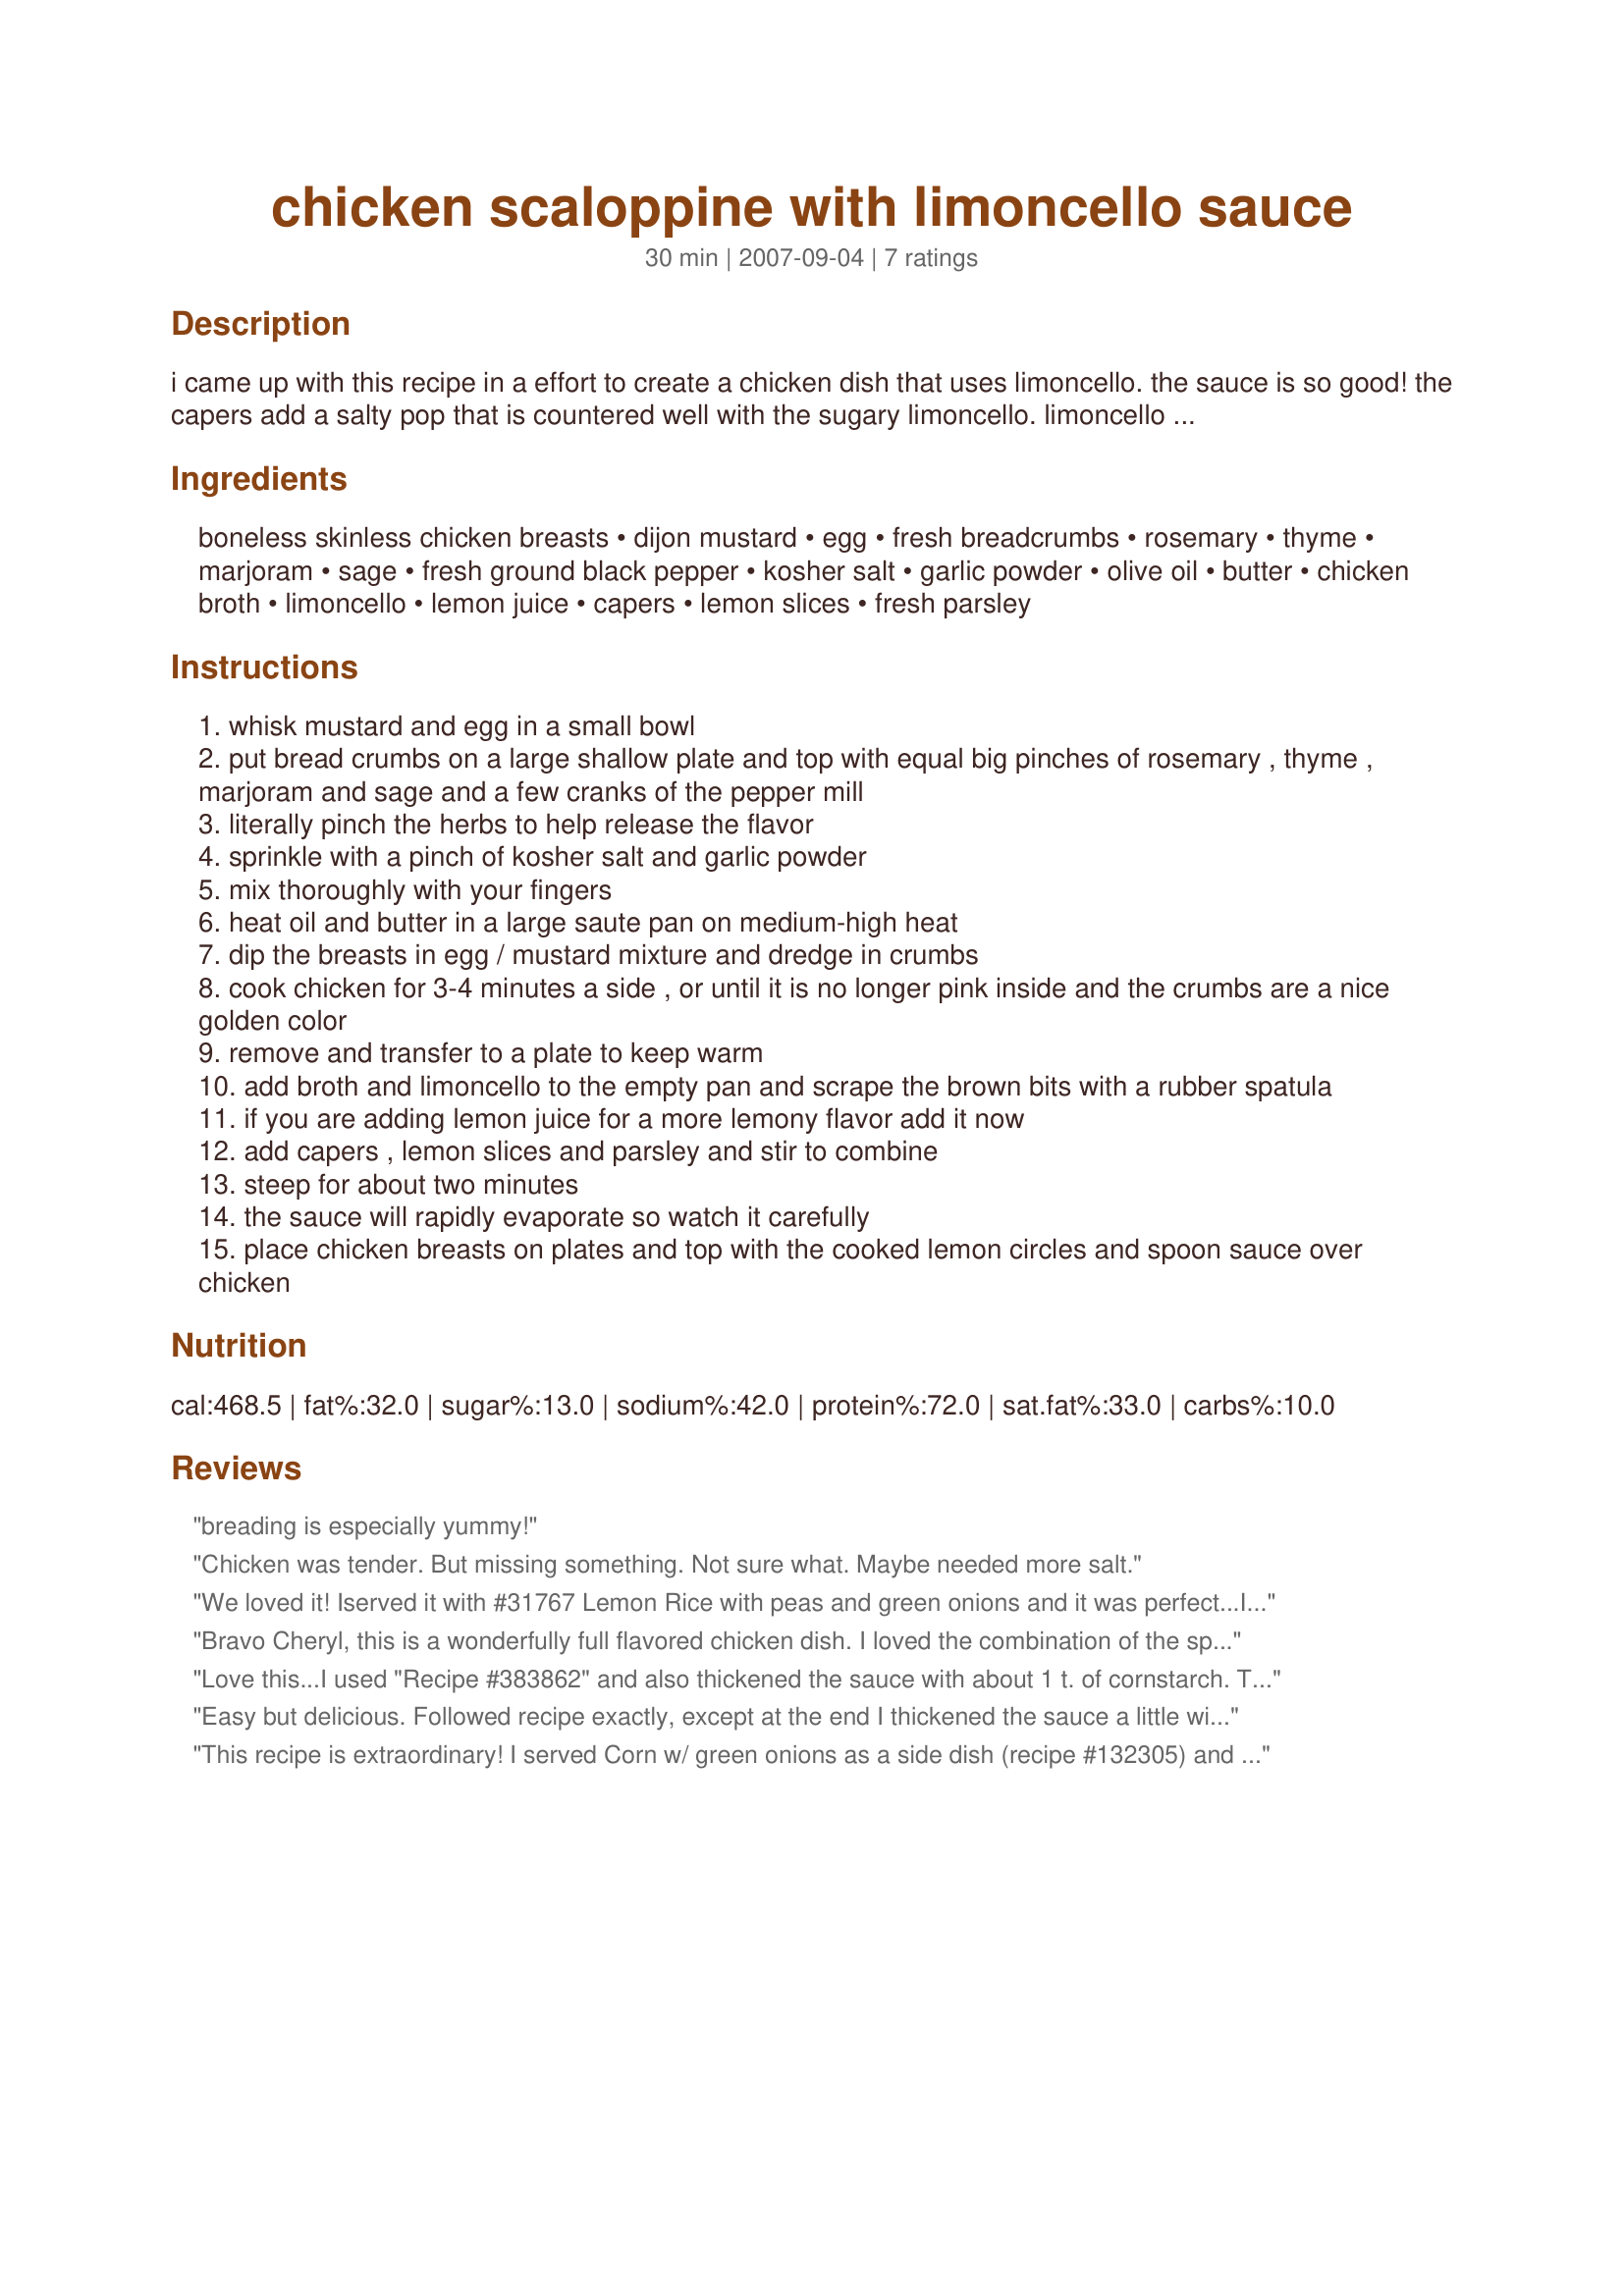
chicken scaloppine with limoncello sauce
Preparation time: 30 minutes

i came up with this recipe in a effort to create a chicken dish that uses limoncello. the sauce is so good! the capers add a salty pop that is countered well with the sugary limoncello. limoncello does not have the acidity of fresh lemons, if you love lemon flavor, add a tablespoon of lemon juice as well. bon appetite.

Ingredients:
boneless skinless chicken breasts, dijon mustard, egg, fresh breadcrumbs, rosemary, thyme, marjoram, sage, fresh ground black pepper, kosher salt, garlic powder, olive oil, butter, chicken broth, limoncello, lemon juice, capers, lemon slices, fresh parsley

Steps:
whisk mustard and egg in a small bowl
put bread crumbs on a large shallow plate and top with equal big pinches of rosemary , thyme , marjoram and sage and a few cranks of the pepper mill
literally pinch the herbs to help release the flavor
sprinkle with a pinch of kosher salt and garlic powder
mix thoroughly with your fingers
heat oil and butter in a large saute pan on medium-high heat
dip the breasts in egg / mustard mixture and dredge in crumbs
cook chicken for 3-4 minutes a side , or until it is no longer pink inside and the crumbs are a nice golden color
remove and transfer to a plate to keep warm
add broth and limoncello to the empty pan and scrape the brown bits with a rubber spatula
if you are adding lemon juice for a more lemony flavor add it now
add capers , lemon slices and parsley and stir to combine
steep for about two minutes
the sauce will rapidly evaporate so watch it carefully
place chicken breasts on plates and top with the cooked lemon circles and spoon sauce over chicken

Reviews:
breading is especially yummy!
Chicken was tender. But missing something. Not sure what. Maybe needed more salt.
We loved it! Iserved it with #31767 Lemon Rice with peas and green onions and it was perfect...I will be putting this in my favorite recipes....would be great to serve company, real simple the the flavor was fabulous...I did not have any capers, but we did not miss them....I used Brownwood Farms Kreame Mustard instead of Dijon....lovely recipe
Bravo Cheryl, this is a wonderfully full flavored chicken dish. I loved the combination of the spices and the capers added just enough saltness to the chicken. I loved using the Limoncello in a cooked dish for once. Terrific, I will make this for company. Was fantastic!!! ~V
Love this...I used "Recipe #383862" and also thickened the sauce with about 1 t. of cornstarch. The flavor in the breading is perfect!
Easy but delicious. Followed recipe exactly, except at the end I thickened the sauce a little with Roux.
This recipe is extraordinary! I served Corn w/ green onions as a side dish (recipe #132305) and the match of the tangy lemon sauce w-the sweetness of the corn was superb!<br/><br/>I added to the sauce the extra lemon juice and also some Moroccan preserved lemons that match the capers & mustard musky flavors. It came out great! I also marinated the chicken w/lemon, garlic and herbs overnight.<br/><br/>The only change I'll make next time is to saute in oil only (no butter): I used medium-low heat and still the butter was burned by the time the chicken cooked through. Great recipe!
